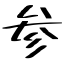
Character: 参